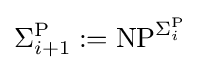
\Sigma _{i+1}^{\mathrm {P} }:=\mathrm {NP} ^{\Sigma _{i}^{\mathrm {P} }}